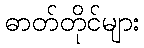
ဓာတ်တိုင်များ